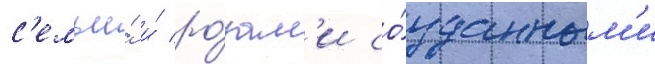
с'емьи́ и́ ро́зам'и со́зданным'и